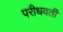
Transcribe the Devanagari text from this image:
परीधवर्ती